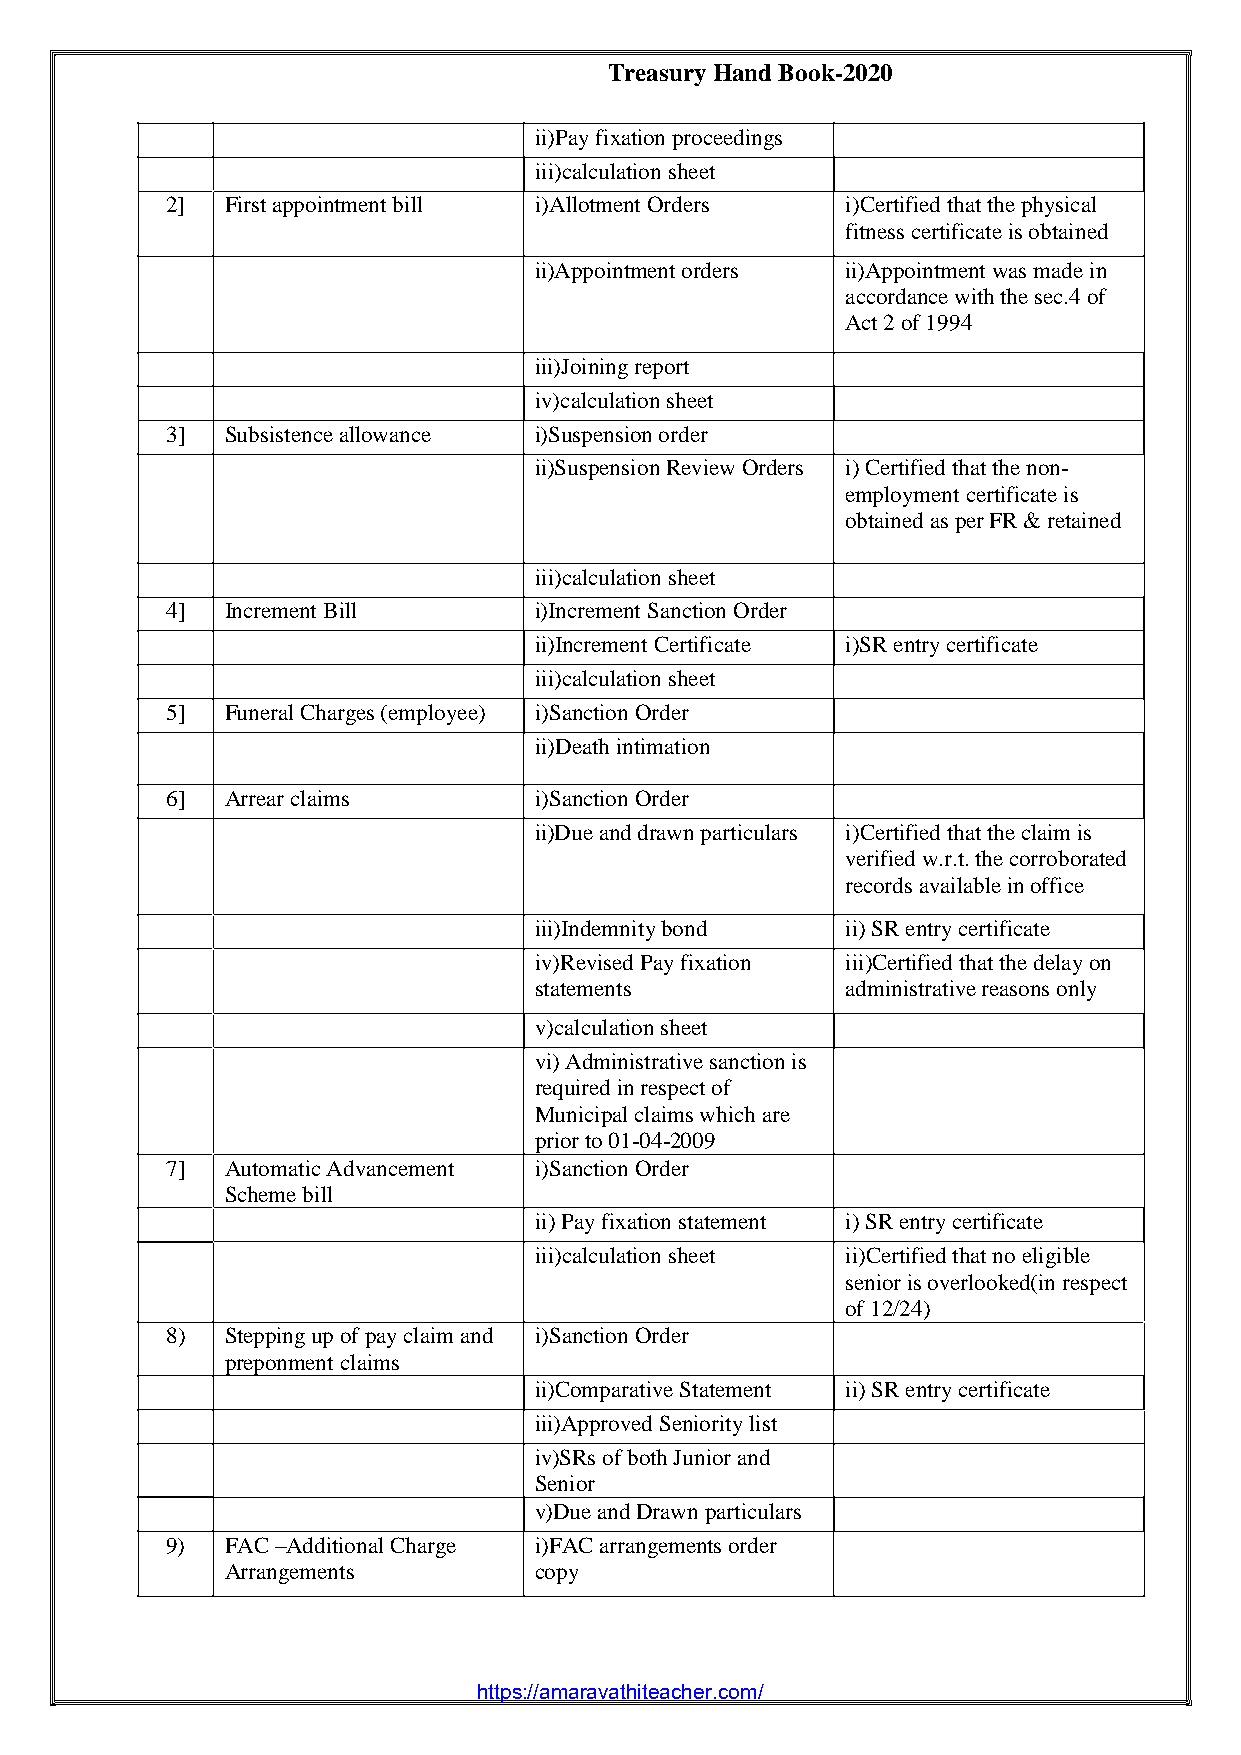
Treasury Hand Book-2020
 ii)Pay fixation proceedings
 iii)calculation sheet
 2]  First appointment bill i)Allotment Orders i)Certified that the physical
 fitness certificate is obtained
 ii)Appointment orders ii)Appointment was made in
 accordance with the sec.4 of
 Act 2 of 1994
 iii)Joining report
 iv)calculation sheet
 3]  Subsistence allowance i)Suspension order
 ii)Suspension Review Orders i)Certified that the non-
 employment certificate is
 obtained as per FR & retained
 iii)calculation sheet
 4]  Increment Bill      i)Increment Sanction Order
 ii)Increment Certificate i)SR entry certificate
 iii)calculation sheet
 5]  Funeral Charges (employee) i)Sanction Order
 ii)Death intimation
 6]  Arrear claims       i)Sanction Order
 ii)Due and drawn particulars i)Certified that the claim is
 verified w.r.t. the corroborated
 records available in office
 iii)Indemnity bond   ii)SR entry certificate
 iv)Revised Pay fixation iii)Certified that the delay on
 statements           administrative reasons only
 v)calculation sheet
 vi)Administrative sanction is
 required in respect of
 Municipal claims which are
 prior to 01-04-2009
 7]  Automatic Advancement i)Sanction Order
 Scheme bill
 ii)Pay fixation statement i)SR entry certificate
 iii)calculation sheet ii)Certified that no eligible
 senior is overlooked(in respect
 of 12/24)
 8)  Stepping up of pay claim and i)Sanction Order
 preponment claims
 ii)Comparative Statement ii)SR entry certificate
 iii)Approved Seniority list
 iv)SRs of both Junior and
 Senior
 v)Due and Drawn particulars
 9)  FAC –Additional Charge i)FAC arrangements order
 Arrangements        copy
 Page | 8
 https://amaravathiteacher.com/